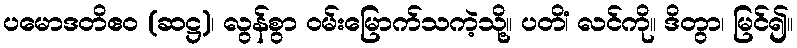
ပမောဒတိဧဝ (ဆဋ္ဌ)၊ လွန်စွာ ဝမ်းမြောက်သကဲ့သို့။ ပတိံ၊ လင်ကို။ ဒိတွာ၊ မြင်၍။